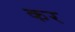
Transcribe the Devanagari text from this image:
कर